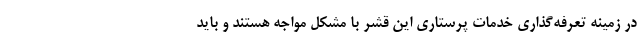
در زمینه تعرفه‌گذاری خدمات پرستاری این قشر با مشکل مواجه هستند و باید